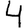
Digit: 4